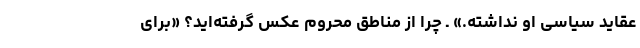
عقاید سیاسی او نداشته.» ـ چرا از مناطق محروم عکس گرفته‌اید؟ «برای